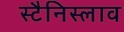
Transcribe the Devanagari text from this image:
स्टैनिस्लाव